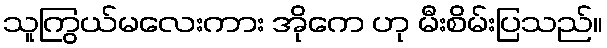
သူကြွယ်မလေးကား အိုကေ ဟု မီးစိမ်းပြသည်။